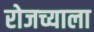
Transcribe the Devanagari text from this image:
रोजच्याला